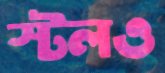
স্টলও